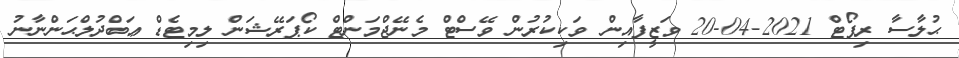
ޙުލާސާ ރިޕޯޓް 2021-04-20 ވަޒީފާއިން ވަކިކުރުން ވޭސްޓް މެނޭޖްމަންޓް ކޯޕަރޭޝަން ލިމިޓެޑް ޢަބްދުލްޙަންނާނު